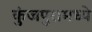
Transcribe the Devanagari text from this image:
कुंजपुरामध्ये